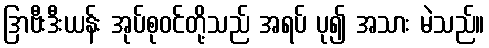
ဒြာဗီးဒီးယန်း အုပ်စုဝင်တို့သည် အရပ် ပု၍ အသား မဲသည်။